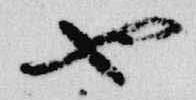
也